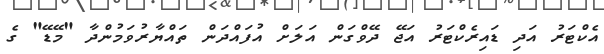
އެކްޓަރު އަދި ޑައިރެކްޓަރު އަޖޭ ދޭވްގަން އަލަށް އުފައްދަން ތައްޔާރުވަމުންދާ "މޭޑޭ" ގެ